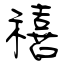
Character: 禧